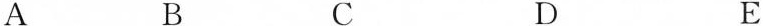
A B C D E